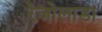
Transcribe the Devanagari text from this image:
रेजोलाडा